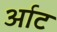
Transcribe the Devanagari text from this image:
र्आट